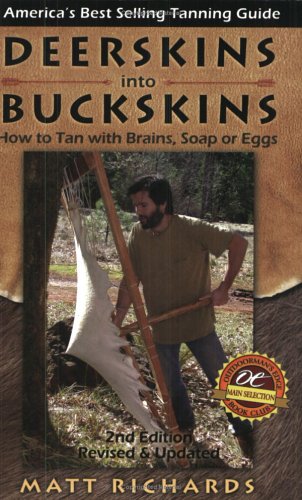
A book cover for Deerskins into Buckskins: How to Tan with Brains, Soap or Eggs; 2nd Edition; Matt Richards; Crafts, Hobbies & Home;